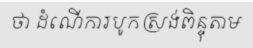
ថា ដំណើការបូកស្រង់ពិន្ទុតាម